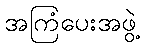
အကြံပေးအဖွဲ့